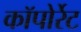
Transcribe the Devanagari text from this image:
कॉपोर्रेट